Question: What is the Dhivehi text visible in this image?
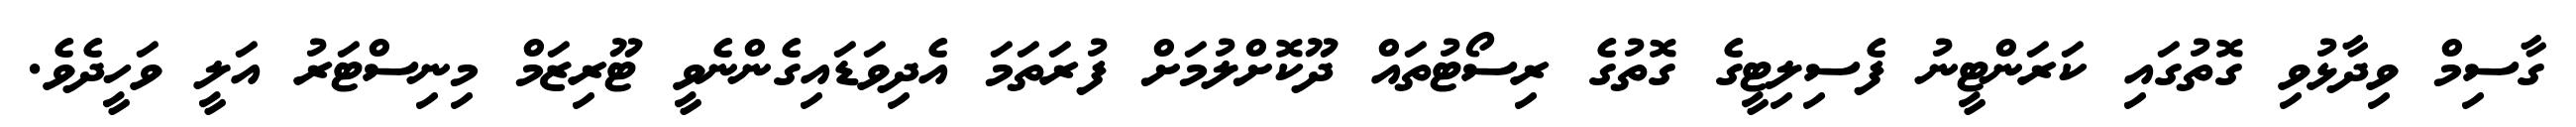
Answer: ގާސިމް ވިދާޅުވި ގޮތުގައި ކަރަންޓީނު ފެސިލިޓީގެ ގޮތުގެ ރިސޯޓުތައް ދޫކޮށްލުމަށް ފުރަތަމަ އެދިވަޑައިގެންނެވީ ޓޫރިޒަމް މިނިސްޓަރު އަލީ ވަހީދެވެ.